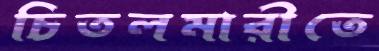
চিতলমারীতে